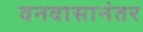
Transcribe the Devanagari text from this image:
वनवासानंतर